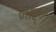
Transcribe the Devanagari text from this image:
नार्ग